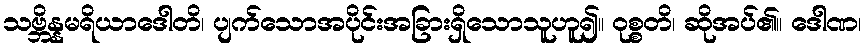
သဗ္ဘိန္နမရိယာဒေါတိ၊ ပျက်သောအပိုင်းအခြားရှိသောသူဟူ၍။ ဝုစ္စတိ၊ ဆိုအပ်၏။ ဒေါဏ၊